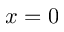
x = 0